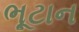
ભૂટાન